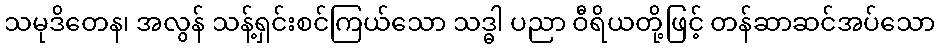
သမုဒိတေန၊ အလွန် သန့်ရှင်းစင်ကြယ်သော သဒ္ဓါ ပညာ ဝီရိယတို့ဖြင့် တန်ဆာဆင်အပ်သော